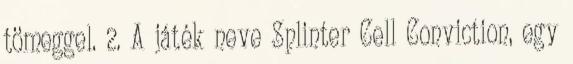
tömeggel. 2. A játék neve Splinter Cell Conviction, egy